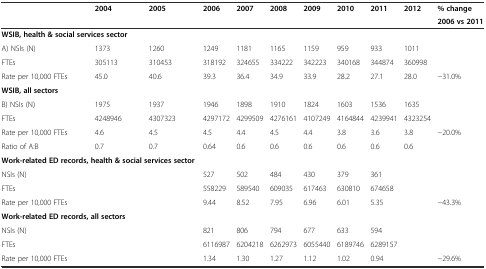
<table><thead><tr><td rowspan="2"></td><td rowspan="2"><b>2004</b></td><td rowspan="2"><b>2005</b></td><td rowspan="2"><b>2006</b></td><td rowspan="2"><b>2007</b></td><td rowspan="2"><b>2008</b></td><td rowspan="2"><b>2009</b></td><td rowspan="2"><b>2010</b></td><td rowspan="2"><b>2011</b></td><td rowspan="2"><b>2012</b></td><td><b>% change</b></td></tr><tr><td><b>2006 vs 2011</b></td></tr></thead><tbody><tr><td colspan="10"><b>WSIB, health &amp; social services sector</b></td><td></td></tr><tr><td>A) NSIs (N)</td><td>1373</td><td>1260</td><td>1249</td><td>1181</td><td>1165</td><td>1159</td><td>959</td><td>933</td><td>1011</td><td></td></tr><tr><td>FTEs</td><td>305113</td><td>310453</td><td>318192</td><td>324655</td><td>334222</td><td>342223</td><td>340168</td><td>344874</td><td>360998</td><td></td></tr><tr><td>Rate per 10,000 FTEs</td><td>45.0</td><td>40.6</td><td>39.3</td><td>36.4</td><td>34.9</td><td>33.9</td><td>28.2</td><td>27.1</td><td>28.0</td><td>−31.0%</td></tr><tr><td><b>WSIB, all sectors</b></td><td></td><td></td><td></td><td></td><td></td><td></td><td></td><td></td><td></td><td></td></tr><tr><td>B) NSIs (N)</td><td>1975</td><td>1937</td><td>1946</td><td>1898</td><td>1910</td><td>1824</td><td>1603</td><td>1536</td><td>1635</td><td></td></tr><tr><td>FTEs</td><td>4248946</td><td>4307323</td><td>4297172</td><td>4299509</td><td>4276161</td><td>4107249</td><td>4164844</td><td>4239941</td><td>4323254</td><td></td></tr><tr><td>Rate per 10,000 FTEs</td><td>4.6</td><td>4.5</td><td>4.5</td><td>4.4</td><td>4.5</td><td>4.4</td><td>3.8</td><td>3.6</td><td>3.8</td><td>−20.0%</td></tr><tr><td>Ratio of A:B</td><td>0.7</td><td>0.7</td><td>0.64</td><td>0.6</td><td>0.6</td><td>0.6</td><td>0.6</td><td>0.6</td><td>0.6</td><td></td></tr><tr><td colspan="3"><b>Work-related ED records, health &amp; social services sector</b></td><td></td><td></td><td></td><td></td><td></td><td></td><td></td><td></td></tr><tr><td>NSIs (N)</td><td></td><td></td><td>527</td><td>502</td><td>484</td><td>430</td><td>379</td><td>361</td><td></td><td></td></tr><tr><td>FTEs</td><td></td><td></td><td>558229</td><td>589540</td><td>609035</td><td>617463</td><td>630810</td><td>674658</td><td></td><td></td></tr><tr><td>Rate per 10,000 FTEs</td><td></td><td></td><td>9.44</td><td>8.52</td><td>7.95</td><td>6.96</td><td>6.01</td><td>5.35</td><td></td><td>−43.3%</td></tr><tr><td colspan="3"><b>Work-related ED records, all sectors</b></td><td></td><td></td><td></td><td></td><td></td><td></td><td></td><td></td></tr><tr><td>NSIs (N)</td><td></td><td></td><td>821</td><td>806</td><td>794</td><td>677</td><td>633</td><td>594</td><td></td><td></td></tr><tr><td>FTEs</td><td></td><td></td><td>6116987</td><td>6204218</td><td>6262973</td><td>6055440</td><td>6189746</td><td>6289157</td><td></td><td></td></tr><tr><td>Rate per 10,000 FTEs</td><td></td><td></td><td>1.34</td><td>1.30</td><td>1.27</td><td>1.12</td><td>1.02</td><td>0.94</td><td></td><td>−29.6%</td></tr></tbody></table>